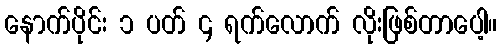
နောက်ပိုင်း ၁ ပတ် ၄ ရက်လောက် လိုးဖြစ်တာပေါ့။